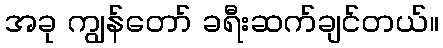
အခု ကျွန်တော် ခရီးဆက်ချင်တယ်။